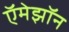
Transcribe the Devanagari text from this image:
ऍमेझॉन